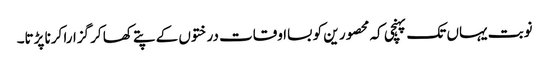
نوبت یہاں تک پہنچی کہ محصور ین کو بسااوقات درختوں کے پتے کھا کر گزارا کرنا پڑتا۔